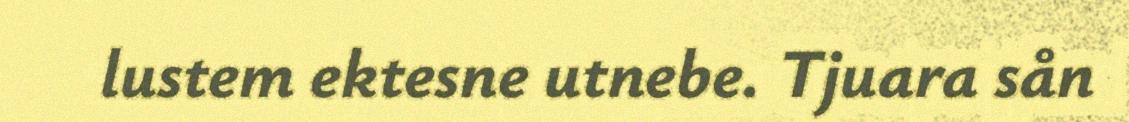
lustem ektesne utnebe. Tjuara sån